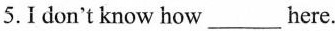
5.Idon't know how ___ here.